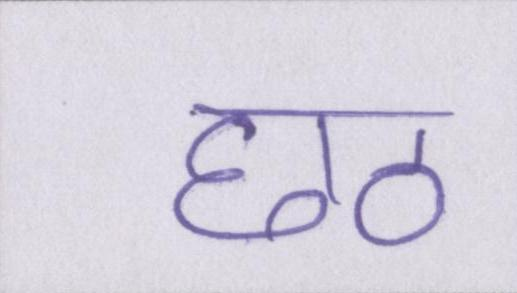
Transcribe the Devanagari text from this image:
छठ